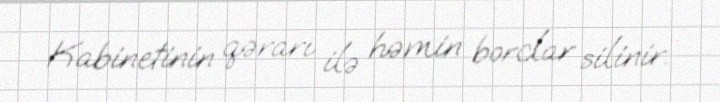
Kabinetinin qərarı ilə həmin borclar silinir.